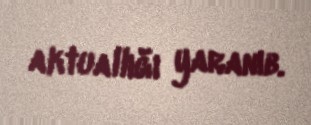
aktuallığı yaranıb.